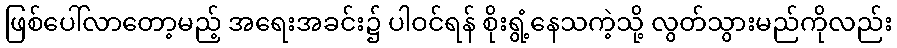
ဖြစ်ပေါ်လာတော့မည့် အရေးအခင်း၌ ပါဝင်ရန် စိုးရွံ့နေသကဲ့သို့ လွတ်သွားမည်ကိုလည်း